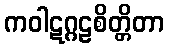
ကဝါဋဂ္ဂဠစိတ္တိတာ